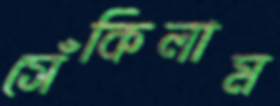
সেঁকিলাম